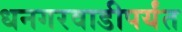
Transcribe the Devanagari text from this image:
धनगरवाडीपर्यंत